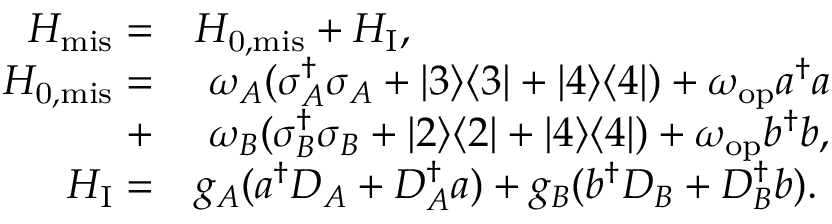
\begin{array} { r l } { H _ { \mathrm { m i s } } = } & { { } H _ { \mathrm { 0 , m i s } } + H _ { \mathrm { I } } , } \\ { H _ { \mathrm { 0 , m i s } } = } & { { } ~ \omega _ { A } ( \sigma _ { A } ^ { \dagger } \sigma _ { A } + | 3 \rangle \langle 3 | + | 4 \rangle \langle 4 | ) + \omega _ { \mathrm { o p } } a ^ { \dagger } a } \\ { + } & { { } ~ \omega _ { B } ( \sigma _ { B } ^ { \dagger } \sigma _ { B } + | 2 \rangle \langle 2 | + | 4 \rangle \langle 4 | ) + \omega _ { \mathrm { o p } } b ^ { \dagger } b , } \\ { H _ { \mathrm { I } } = } & { { } g _ { A } ( a ^ { \dagger } D _ { A } + D _ { A } ^ { \dagger } a ) + g _ { B } ( b ^ { \dagger } D _ { B } + D _ { B } ^ { \dagger } b ) . } \end{array}